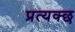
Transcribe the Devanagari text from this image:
प्रत्यक्छ